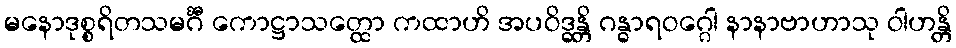
မနောဒုစ္စရိတသမင်္ဂီ ကောဋ္ဌာသတ္ထော ကထာဟိ အပဝိဒ္ဓန္တိ ဂန္ဓာရဝဂ္ဂေါ နာနာဗာဟာသု ဝါဟန္တိ